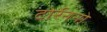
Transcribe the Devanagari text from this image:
टोर्रेननो